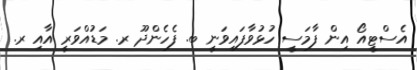
އެސްޓީއޯ އިން ފާމަސީ ހުޅުވާފައިވަނީ ބ. ފެހެންދޫ ރ. މަޑުއްވަރީ އާއި ރ.